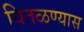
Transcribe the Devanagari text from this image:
वितळण्यास